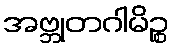
အဗ္ဘုတဂါမိဉ္စ